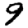
Digit: 9